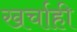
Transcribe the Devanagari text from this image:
खर्चाही